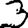
Digit: 3